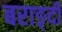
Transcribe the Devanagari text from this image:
बराङ्दी